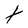
Character: t